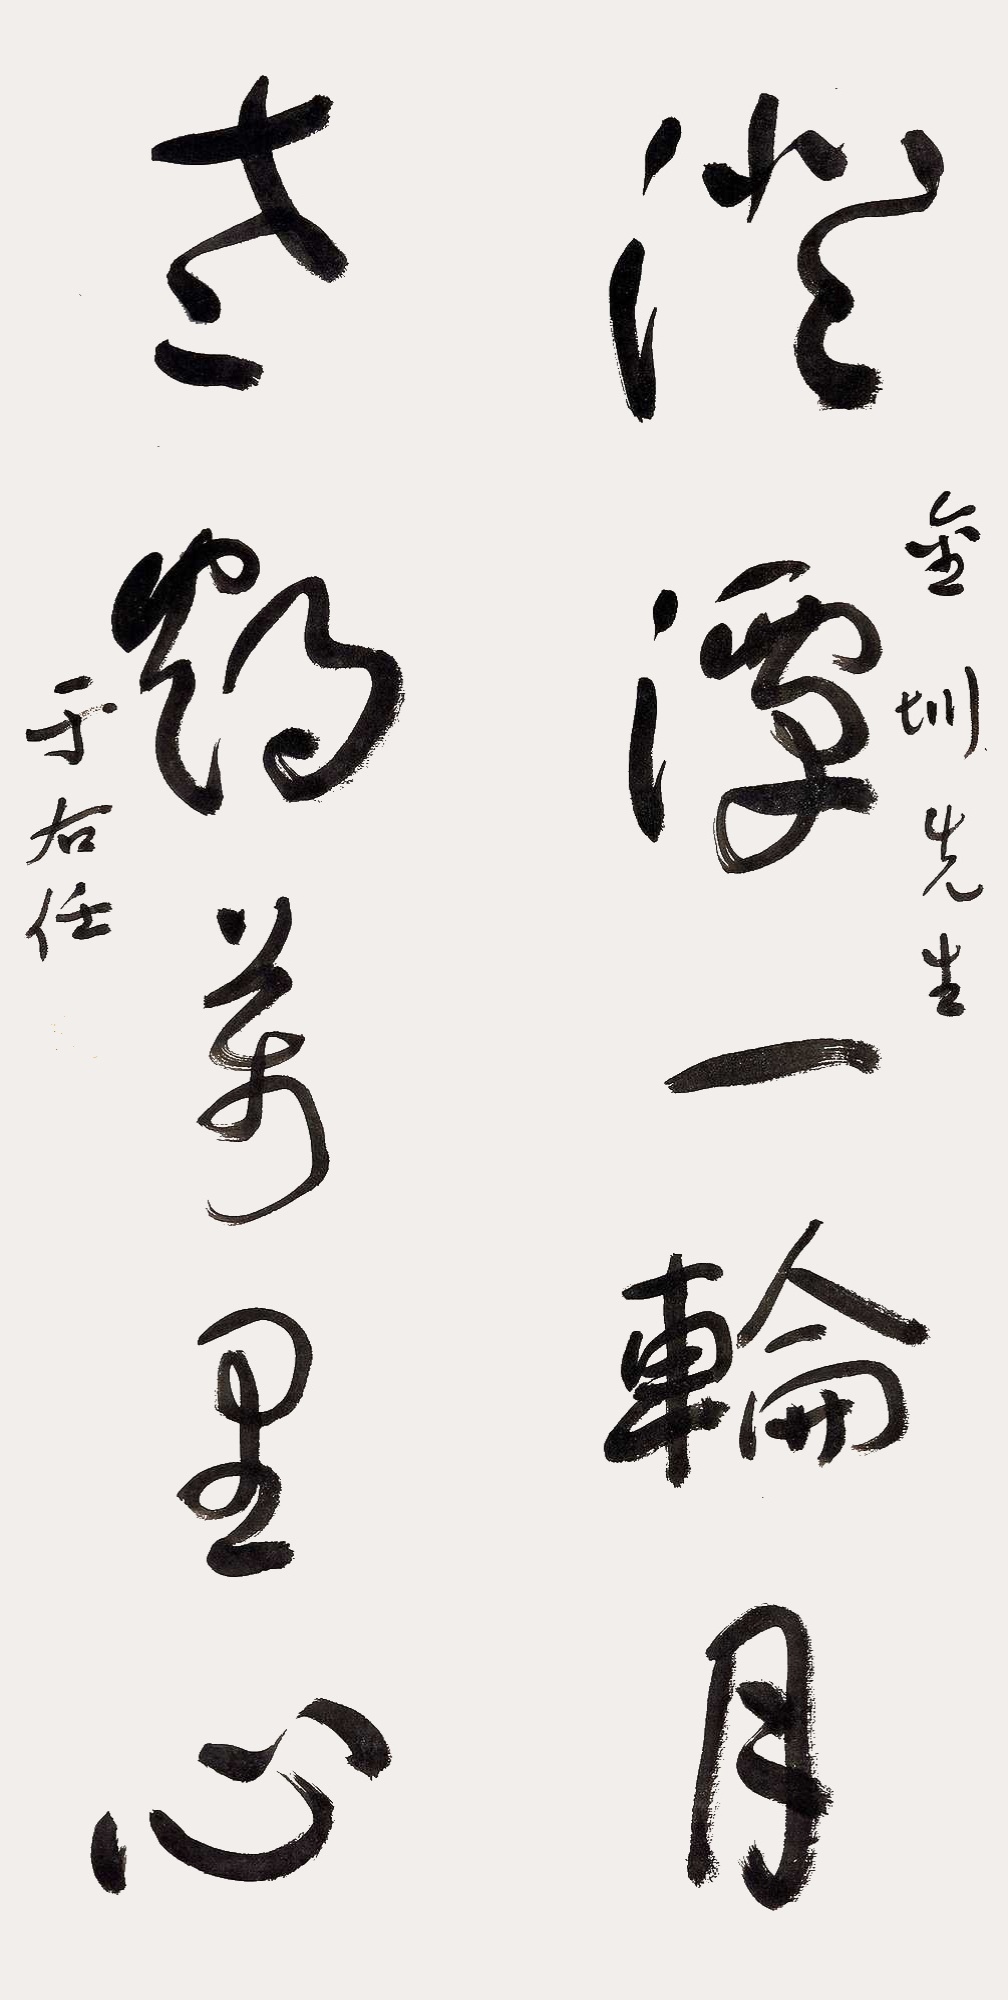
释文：澄潭一轮月，老鹤万里心。金圳先生，于右任。